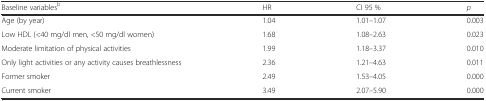
<table><thead><tr><td><b>Baseline variables<sup>b</sup></b></td><td><b>HR</b></td><td><b>CI 95 %</b></td><td><b><i>p</i></b></td></tr></thead><tbody><tr><td>Age (by year)</td><td>1.04</td><td>1.01–1.07</td><td>0.003</td></tr><tr><td>Low HDL (&lt;40 mg/dl men, &lt;50 mg/dl women)</td><td>1.68</td><td>1.08–2.63</td><td>0.023</td></tr><tr><td>Moderate limitation of physical activities</td><td>1.99</td><td>1.18–3.37</td><td>0.010</td></tr><tr><td>Only light activities or any activity causes breathlessness</td><td>2.36</td><td>1.21–4.63</td><td>0.011</td></tr><tr><td>Former smoker</td><td>2.49</td><td>1.53–4.05</td><td>0.000</td></tr><tr><td>Current smoker</td><td>3.49</td><td>2.07–5.90</td><td>0.000</td></tr></tbody></table>